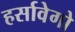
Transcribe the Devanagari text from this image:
हर्सावेगो